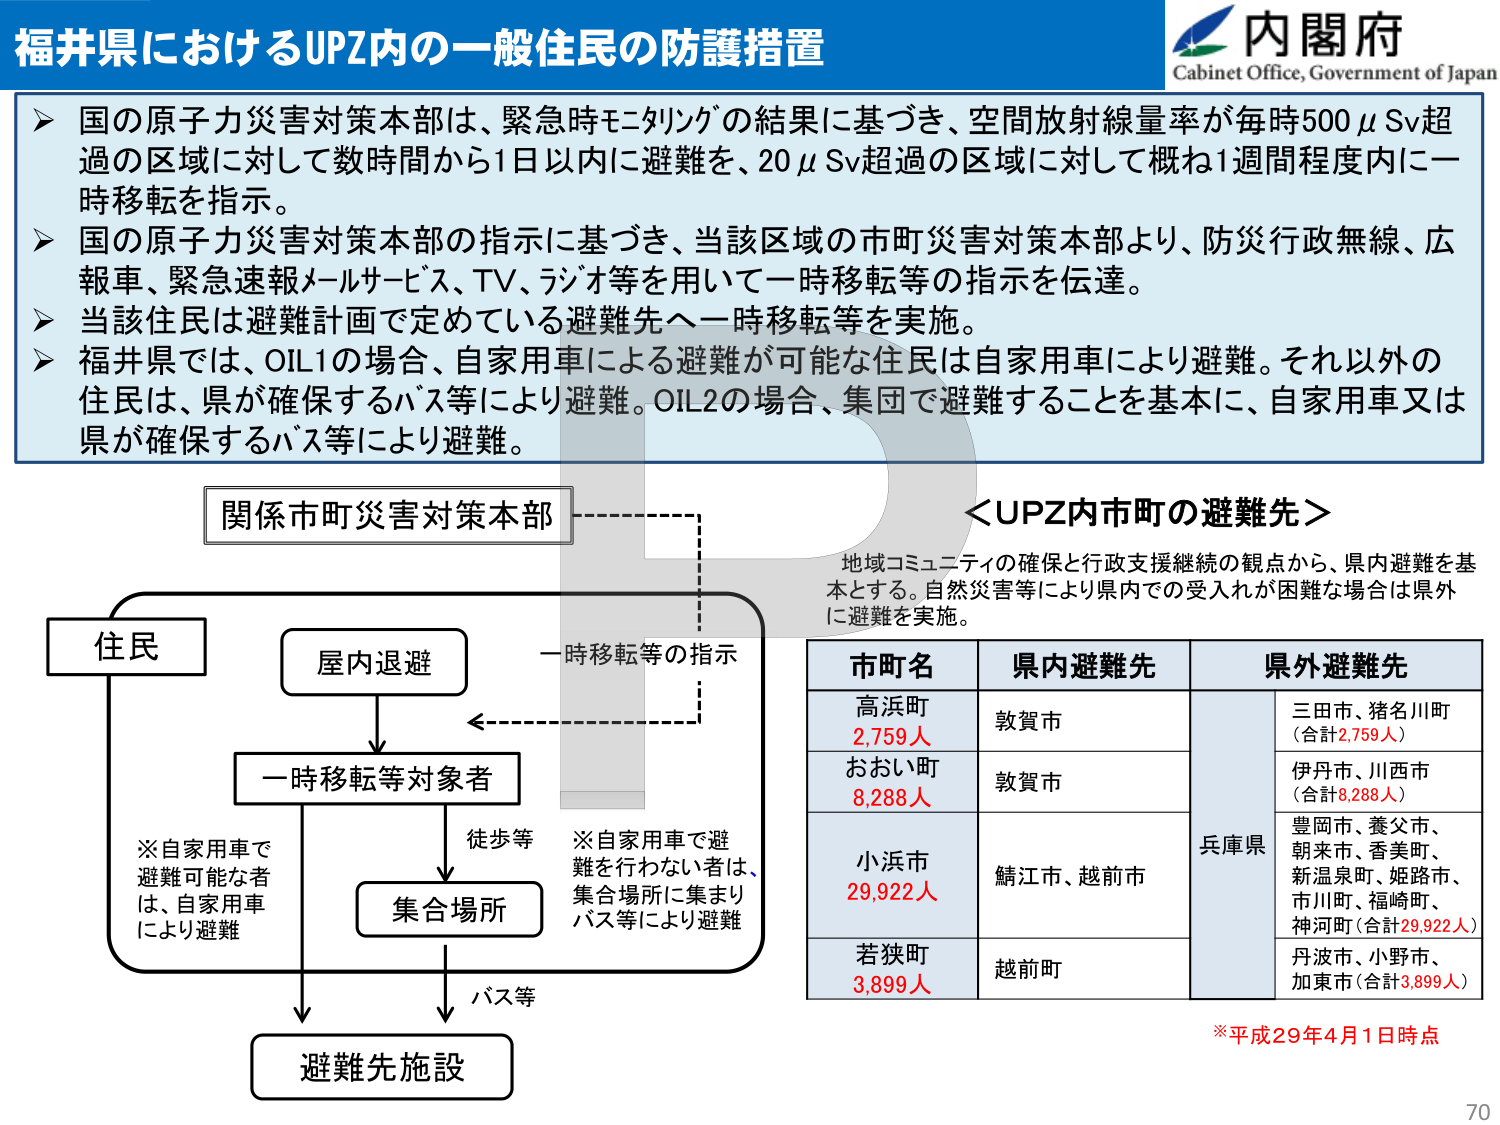
福井県におけるUPZ内の一一般住民の防護措置

内閣府
Cabinet Office, Government of Japan

▶ 国の原子力災害対策本部は、緊急時モニタリングの結果に基づき、空間放射線量率が毎時500μSv超過の区域に対して数時間から1日以内に避難を、20μSv超過の区域に対して概ね1週間程度内に一時移転を指示。

▶ 国の原子力災害対策本部の指示に基づき、当該区域の市町災害対策本部より、防災行政無線、広報車、緊急速報メールサービス、TV、ラジオ等を用いて一時移転等の指示を伝達。

▶ 当該住民は避難計画で定めている避難先へ一時移転等を実施。

▶ 福井県では、OIL1の場合、自家用車による避難が可能な住民は自家用車により避難。それ以外の住民は、県が確保するバス等により避難。OIL2の場合、集団で避難することを基本に、自家用車又は県が確保するバス等により避難。

関係市町災害対策本部

住民
　　→ 屋内退避
　　　　↓
　　→ 一時移転等対象者
　　　　↓
　　　　→ 集合場所
　　　　　　↓
　　　　→ 避難先施設

※自家用車で避難可能な者は、自家用車により避難
※自家用車で避難を行わない者は、集合場所に集まりバス等により避難

一時移転等の指示

＜UPZ内市町の避難先＞
地域コミュニティの確保と行政支援継続の観点から、県内避難を基本とする。自然災害等により県内での受入れが困難な場合は県外に避難を実施。

市町名　　　県内避難先　　　県外避難先
高浜町　　　敦賀市　　　　　三田市、猪名川町
2,759人　　　　　　　　　　（合計2,759人）
おおい町　　　敦賀市　　　　　伊丹市、川西市
8,288人　　　　　　　　　　（合計8,288人）
小浜市　　　鯖江市、越前市　　兵庫県
29,922人　　　　　　　　　　豊岡市、養父市、
　　　　　　　　　　　　　　朝来市、香美町、
　　　　　　　　　　　　　　新温泉町、姫路市、
　　　　　　　　　　　　　　市川町、福崎町、
　　　　　　　　　　　　　　神河町（合計29,922人）
若狭町　　　越前町　　　　　丹波市、小野市、
3,899人　　　　　　　　　　加東市（合計3,899人）

※平成29年4月1日時点

70